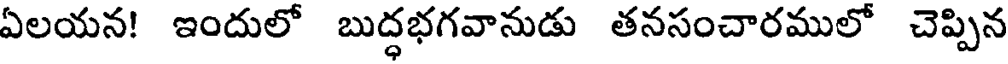
ఏలయన! ఇందులో బుద్ధభగవానుడు తనసంచారములో చెప్పిన